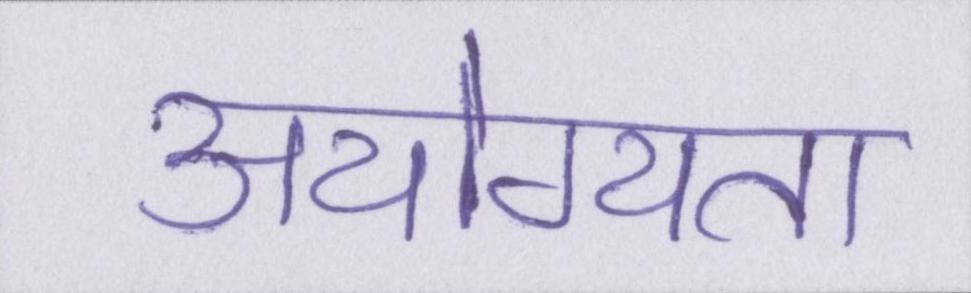
अयोग्यता